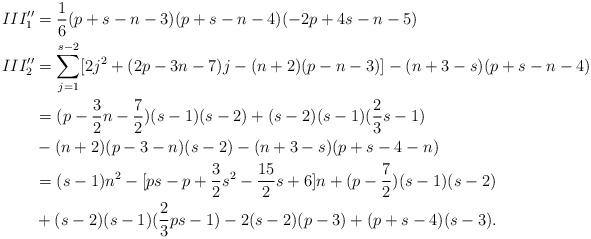
LaTeX: \begin{align*} III''_1&=\frac16(p+s-n-3)(p+s-n-4)(-2p+4s-n-5)\\ III''_2&= \sum_{j=1}^{s-2}[2j^2+(2p-3n-7)j -(n+2)(p-n-3)] -(n+3-s)(p+s-n-4)\\ &=(p-\frac32n-\frac72)(s-1)(s-2)+(s-2)(s-1)(\frac23s-1)\\ &-(n+2)(p-3-n)(s-2) -(n+3-s)(p+s-4-n)\\ &= (s-1)n^2-[ps- p+\frac32 s^2-\frac{15}2s+6] n +(p-\frac72)(s-1)(s-2) \\ &+(s-2)(s-1)(\frac23ps-1)-2(s-2)(p-3)+(p+s-4)(s-3). \end{align*}